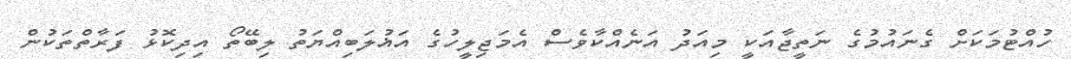
ހުއްޓުމަކަށް ގެނައުމުގެ ނަތީޖާއަކީ މިއަދު އަނެއްކާވެސް އެމަޖިލީހުގެ އަޣުލަބިއްޔަތު ލިބޭތޯ އިދިކޮޅު ފަރާތްތަކުން